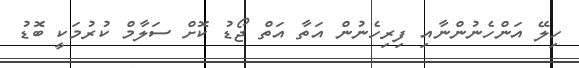
ހިލޭ އަންހެނުންނާއި ފިރިހެނުން އަތާ އަތް ޖޯޑު ކޮށް ސަލާމް ކުރުމަކީ ބޮޑު